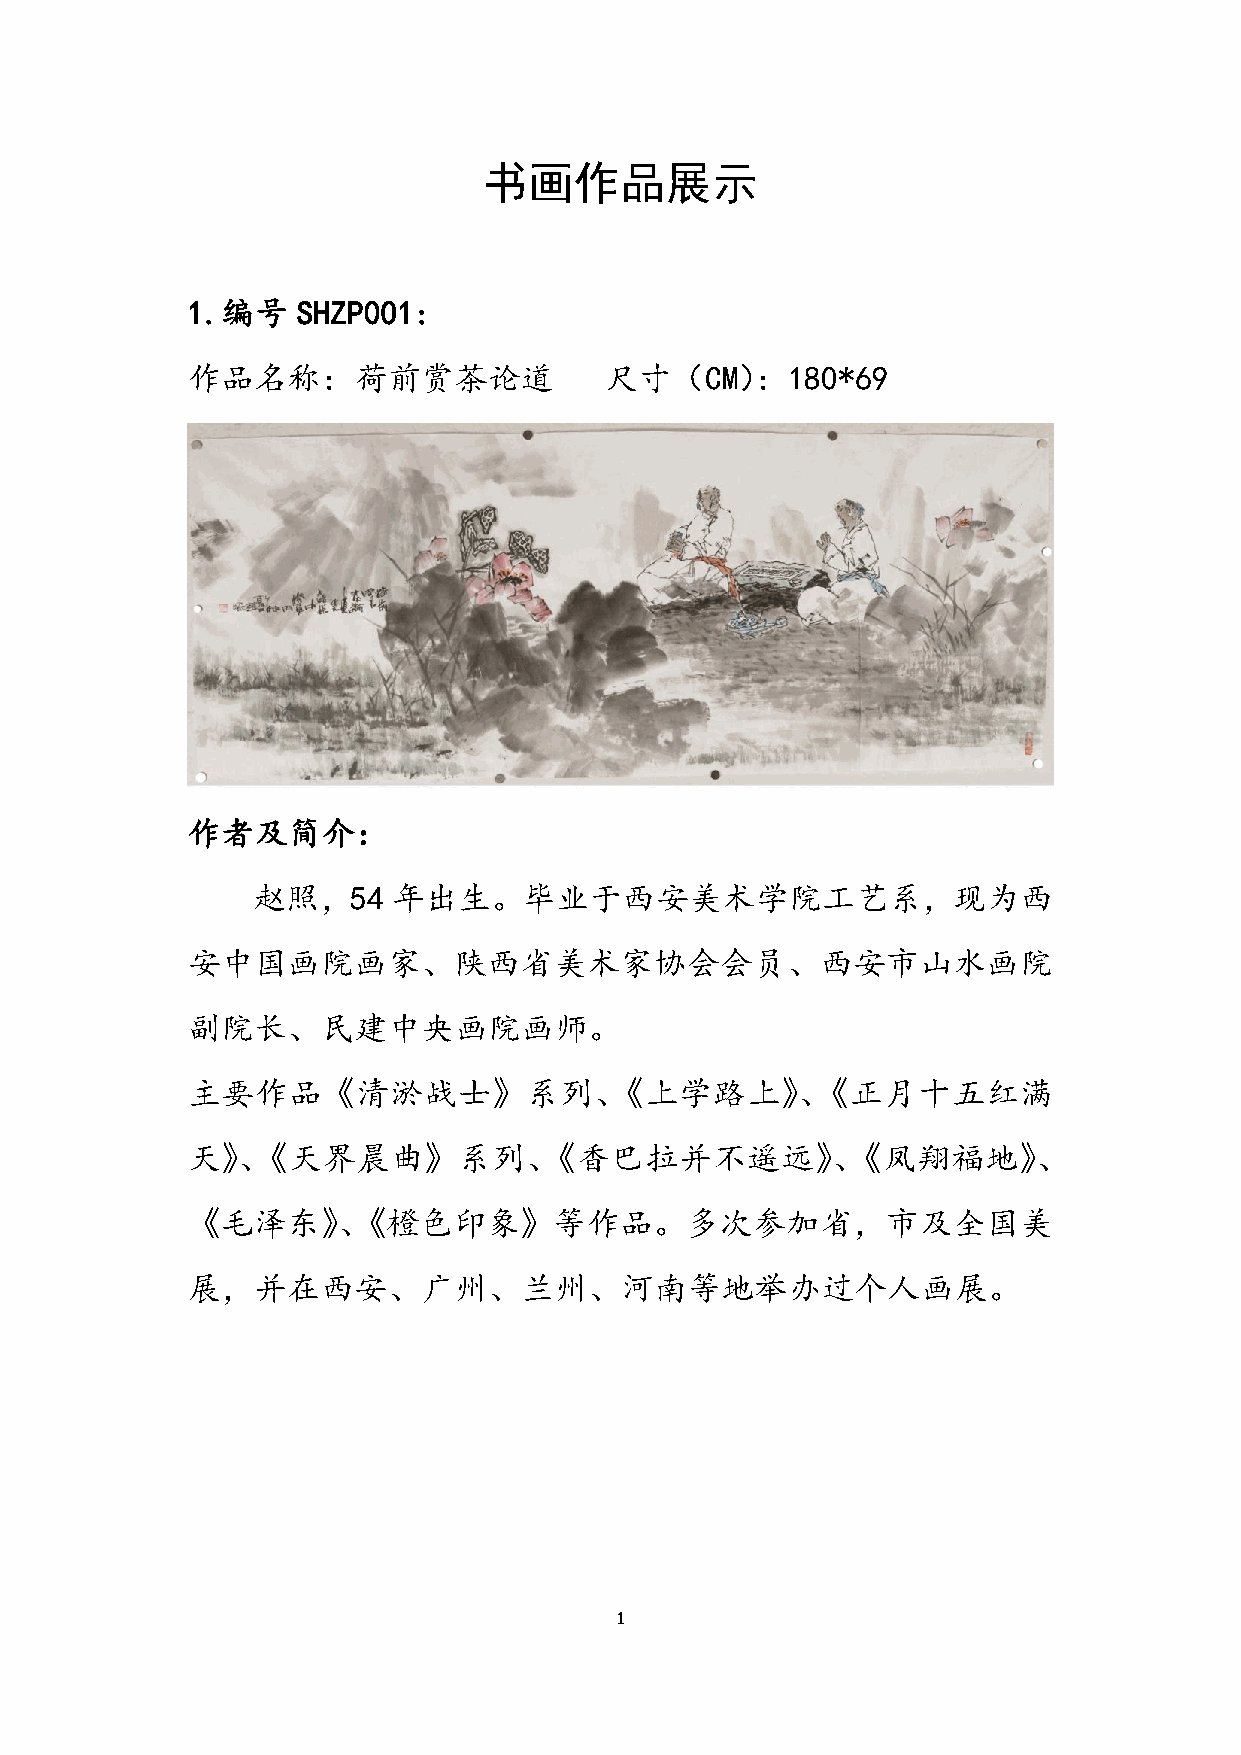
书画作品展示
 1.编号    SHZP001:
 作品名称：荷前赏茶论道                 尺寸（CM）：180*69
 作者及简介：
 赵照，54    年出生。毕业于西安美术学院工艺系，现为西
 安中国画院画家、陕西省美术家协会会员、西安市山水画院
 副院长、民建中央画院画师。
 主要作品《清淤战士》系列、《上学路上》、《正月十五红满
 天》、《天界晨曲》系列、《香巴拉并不遥远》、《凤翔福地》、
 《毛泽东》、《橙色印象》等作品。多次参加省，市及全国美
 展，并在西安、广州、兰州、河南等地举办过个人画展。
 1